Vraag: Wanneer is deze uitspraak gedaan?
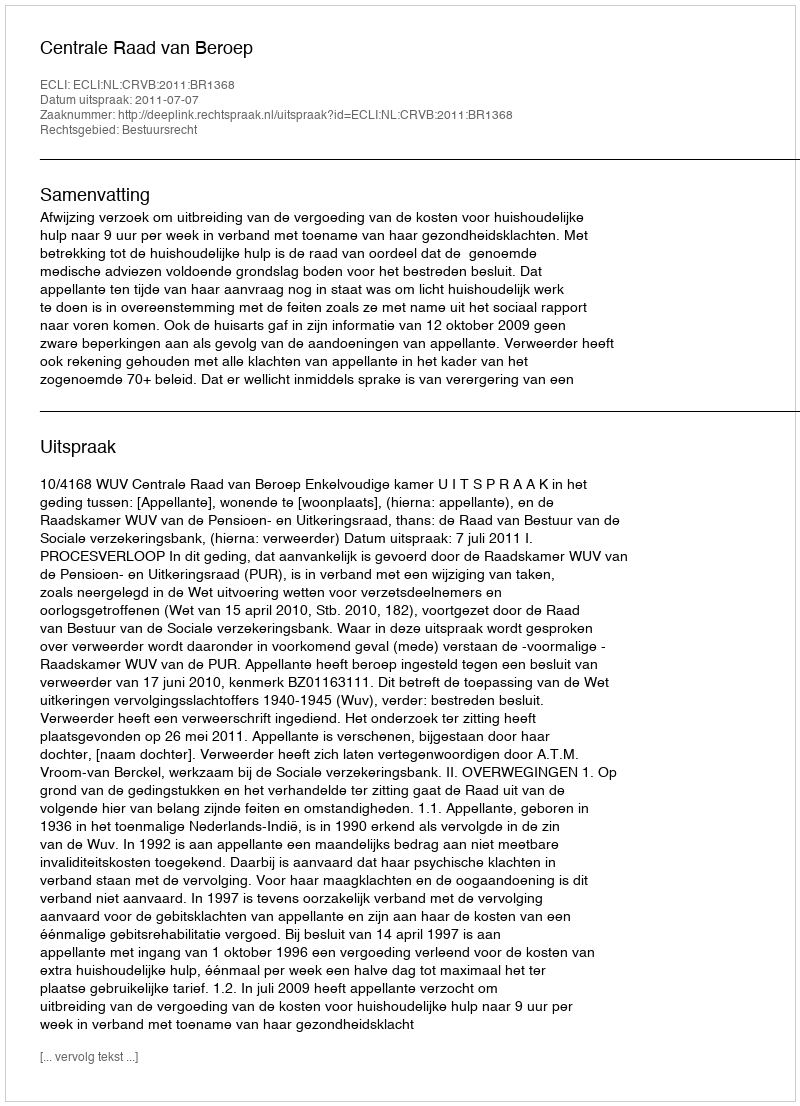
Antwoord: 2011-07-07